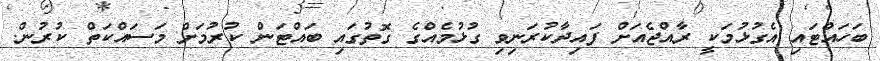
ބަހައްޓައި އެގުޅުމަކީ ރާއްޖެއަށް ފައިދާކުރަނިވި ގުޅުމެއްގެ ގޮތުގައި ބައްޓަން ކުރުމަށް މަސައްކަތް ކުރުން.